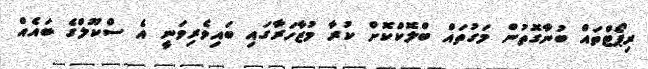
ރިޕޯޓްތައް ބުނާގޮތުން މަގުތައް ބްލޮކްކޮށް ކުރާ މުޒާހަރާގައި ބައިވެރިވަނީ އެ ސްކޫލްގެ ބައެއް